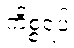
ကိစ္စရပ်